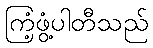
ကြံ့ဖွံ့ပါတီသည်